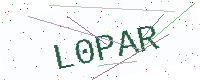
Text: L0PAR